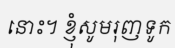
នោះ។ ខ្ញុំសូមរុញទូក